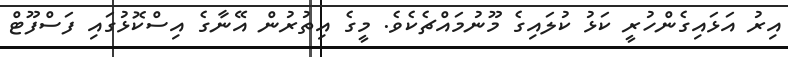
އިރު އަޅައިގެންހުރީ ކަޅު ކުލައިގެ މޫނުމައްޗެކެވެ. މީގެ އިތުރުން އޭނާގެ އިސްކޮޅުގައި ފަސްފޫޓް